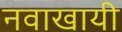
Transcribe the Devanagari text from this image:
नवाखायी